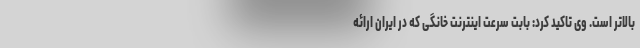
بالاتر است. وی تاکید کرد: بابت سرعت اینترنت خانگی که در ایران ارائه